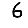
Digit: 6